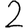
Digit: 2